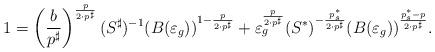
LaTeX: \begin{align*}1= \left(\frac{b}{p^\sharp}\right)^{\frac{p}{2\cdot p^\sharp}}(S^\sharp)^{-1}(B(\varepsilon_g))^{1-\frac{p}{2\cdot p^\sharp}} +\varepsilon_g^{\frac{p}{2\cdot p^\sharp}} (S^*)^{-\frac{p_s^*}{2\cdot p^\sharp}}(B(\varepsilon_g))^{\frac{p_s^*-p}{2\cdot p^\sharp}}.\end{align*}